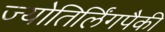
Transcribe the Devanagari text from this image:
ज्योतिर्लिंगपैकी